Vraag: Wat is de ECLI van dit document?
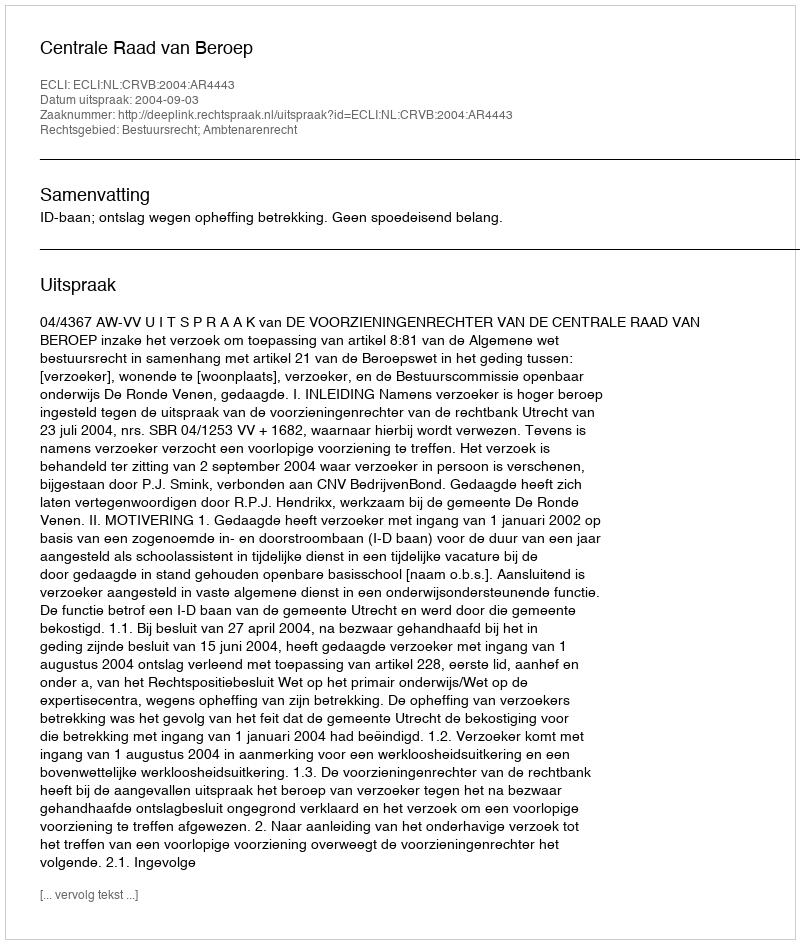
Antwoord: ECLI:NL:CRVB:2004:AR4443